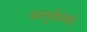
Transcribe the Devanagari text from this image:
वास्तूविशेषही